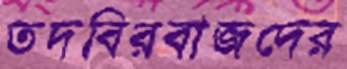
তদবিরবাজদের